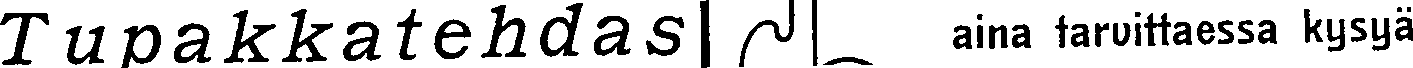
Tupakkatehdas| aina tarvittaessa kysyä